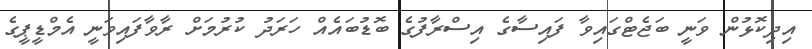
އިދިކޮޅުން ވަނީ ބަޖެޓްގައިވާ ފައިސާގެ އިސްރާފުގެ ބޮޑުބައެއް ހަރަދު ކުރުމަށް ރާވާފައިވަނީ އެމްޑީޕީގެ